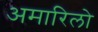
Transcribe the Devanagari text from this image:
अमारिलो